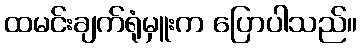
ထမင်းချက်ရုံမှူးက ပြောပါသည်။